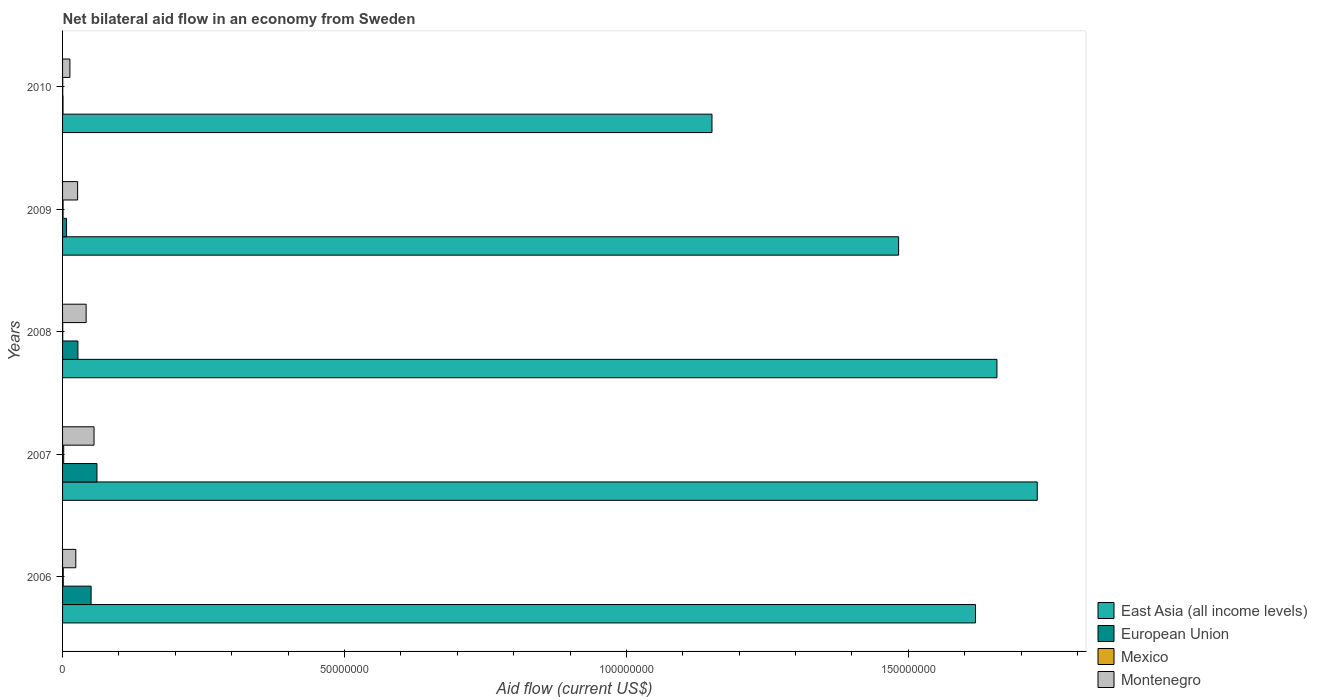
| Years | East Asia (all income levels) | European Union | Mexico | Montenegro |
 | --- | --- | --- | --- | --- |
 | 2006 | 1.62e+08 | 5.06e+06 | 1.2e+05 | 2.35e+06 |
 | 2007 | 1.73e+08 | 6.1e+06 | 2e+05 | 5.58e+06 |
 | 2008 | 1.66e+08 | 2.72e+06 | 3e+04 | 4.18e+06 |
 | 2009 | 1.48e+08 | 7.1e+05 | 9e+04 | 2.67e+06 |
 | 2010 | 1.15e+08 | 8e+04 | 3e+04 | 1.3e+06 |